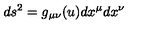
d s ^ { 2 } = g _ { \mu \nu } ( u ) d x ^ { \mu } d x ^ { \nu }